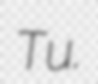
Tu.